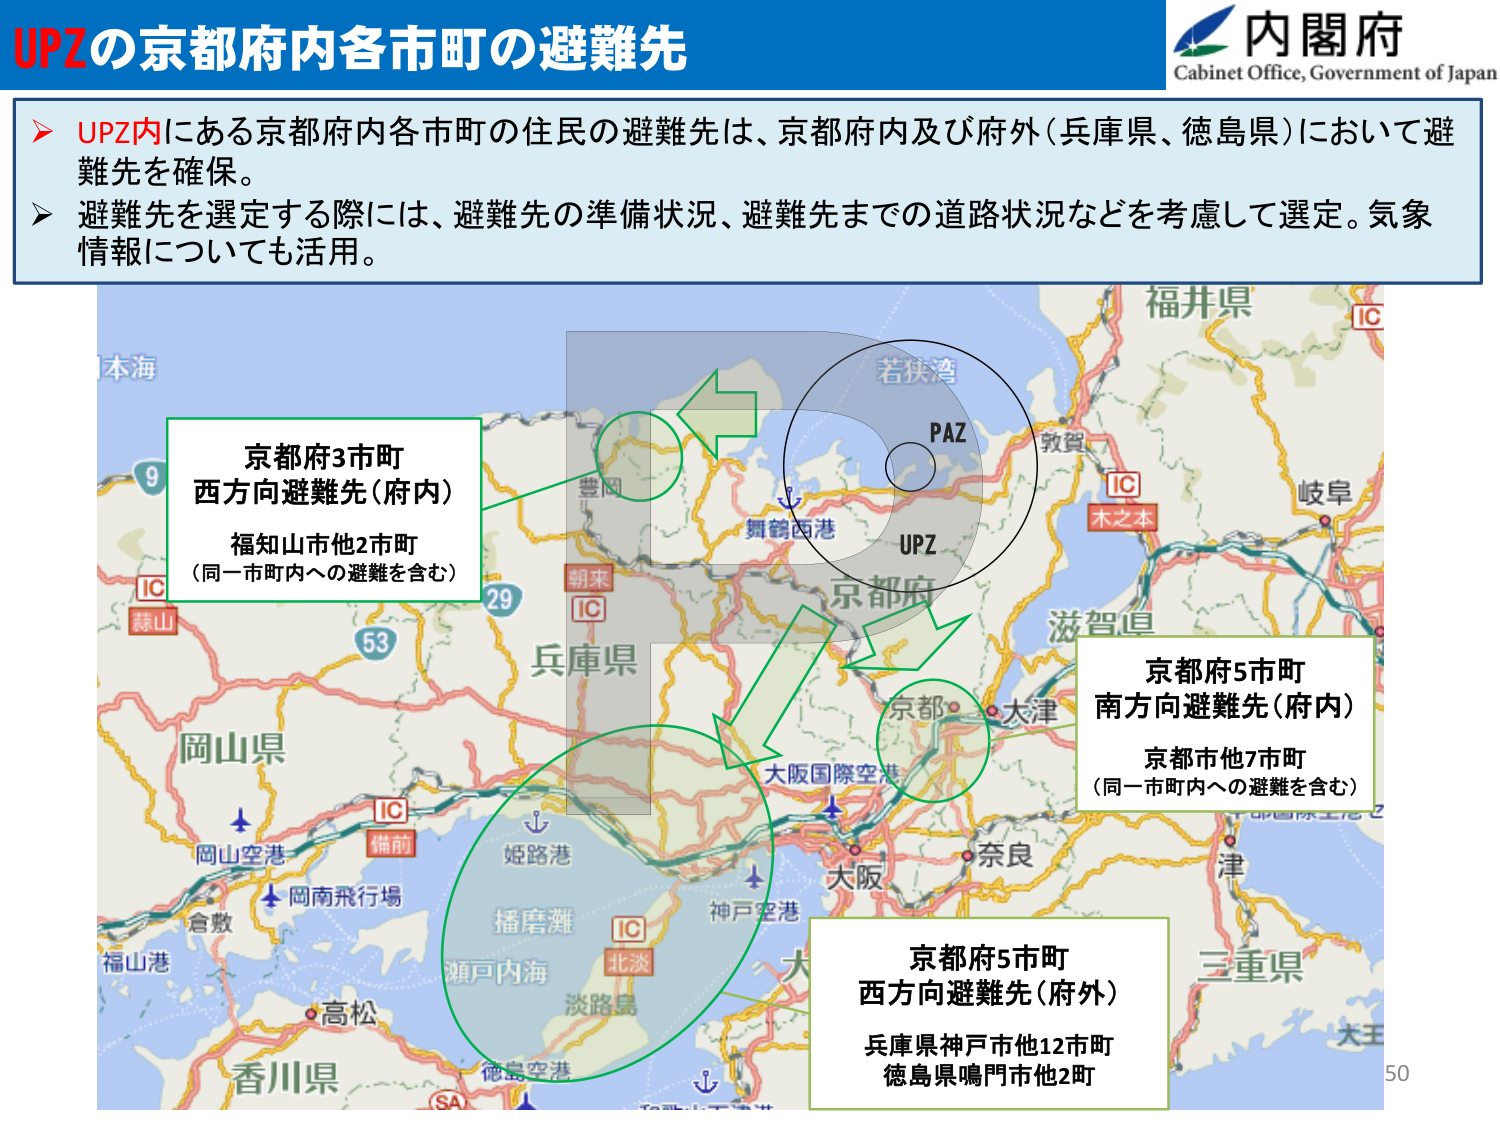
UPZの京都府内各市町の避難先

内閣府
Cabinet Office, Government of Japan

▶ UPZ内にある京都府内各市町の住民の避難先は、京都府内及び府外（兵庫県、徳島県）において避難先を確保。
▶ 避難先を選定する際には、避難先の準備状況、避難先までの道路状況などを考慮して選定。気象情報についても活用。

京都府3市町
西方向避難先（府内）
福知山市他2市町
（同一市町内への避難を含む）

PAZ
UPZ
京都府
舞鶴西港
若狭湾
敦賀
木之本
IC
岐阜
滋賀県
大阪国際空港
京都
大津
奈良
大阪
神戸空港
姫路港
北淡
IC
播磨灘
瀬戸内海
淡路島
徳島空港
SA
香川県
高松
福山港
倉敷
岡山空港
岡南飛行場
備前
IC
岡山県
蒜山
IC
朝来
IC
豊岡
29
53
9
本海
福井県
IC

京都府5市町
南方向避難先（府内）
京都市他7市町
（同一市町内への避難を含む）

京都府5市町
西方向避難先（府外）
兵庫県神戸市他12市町
徳島県鳴門市他2町

50